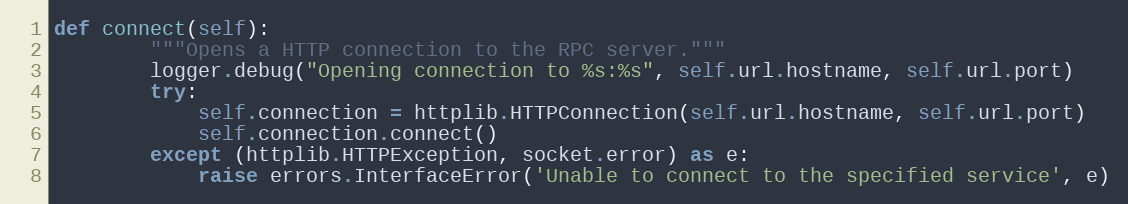
Language: Python
def connect(self):
        """Opens a HTTP connection to the RPC server."""
        logger.debug("Opening connection to %s:%s", self.url.hostname, self.url.port)
        try:
            self.connection = httplib.HTTPConnection(self.url.hostname, self.url.port)
            self.connection.connect()
        except (httplib.HTTPException, socket.error) as e:
            raise errors.InterfaceError('Unable to connect to the specified service', e)